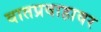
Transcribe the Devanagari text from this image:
वातप्रवाहावर